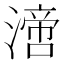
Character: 𣾪